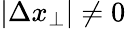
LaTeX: \vert\Delta x_{\perp}\vert\neq 0